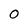
Character: 0